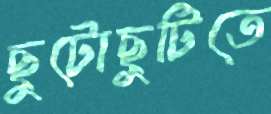
ছুটোছুটিতে